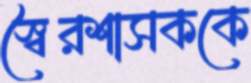
স্বৈরশাসককে